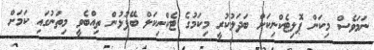
ނަމަވެސް މިކަން ޕޮލިޓެކްނިކަށް ބަދަލުކުރީ މިކަމުގެ ޓެކްނިކަލް ބޭފުޅުން ތިއްބެވީ މިތަނުގައި ކަމަށް